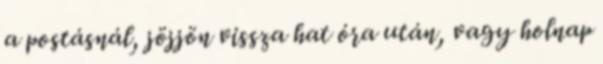
a postásnál, jöjjön vissza hat óra után, vagy holnap